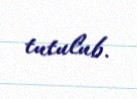
tutulub.